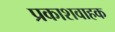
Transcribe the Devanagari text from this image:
प्रकाशवाहक